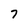
Character: 7